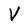
Character: V